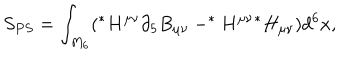
S _ { P S } = \int _ { M _ { 6 } } ( ^ { * } H ^ { \mu \nu } \partial _ { 5 } B _ { \mu \nu } - ^ { * } H ^ { \mu \nu } { } ^ { * } H _ { \mu \nu } ) d ^ { 6 } x ,